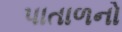
પાતાળનો